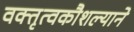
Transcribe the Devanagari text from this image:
वक्तृत्वकौशल्याने